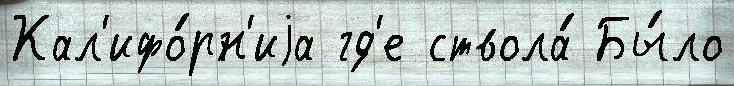
Кал'ифо́рн'иjа гд'е ствола́ Бы́ло